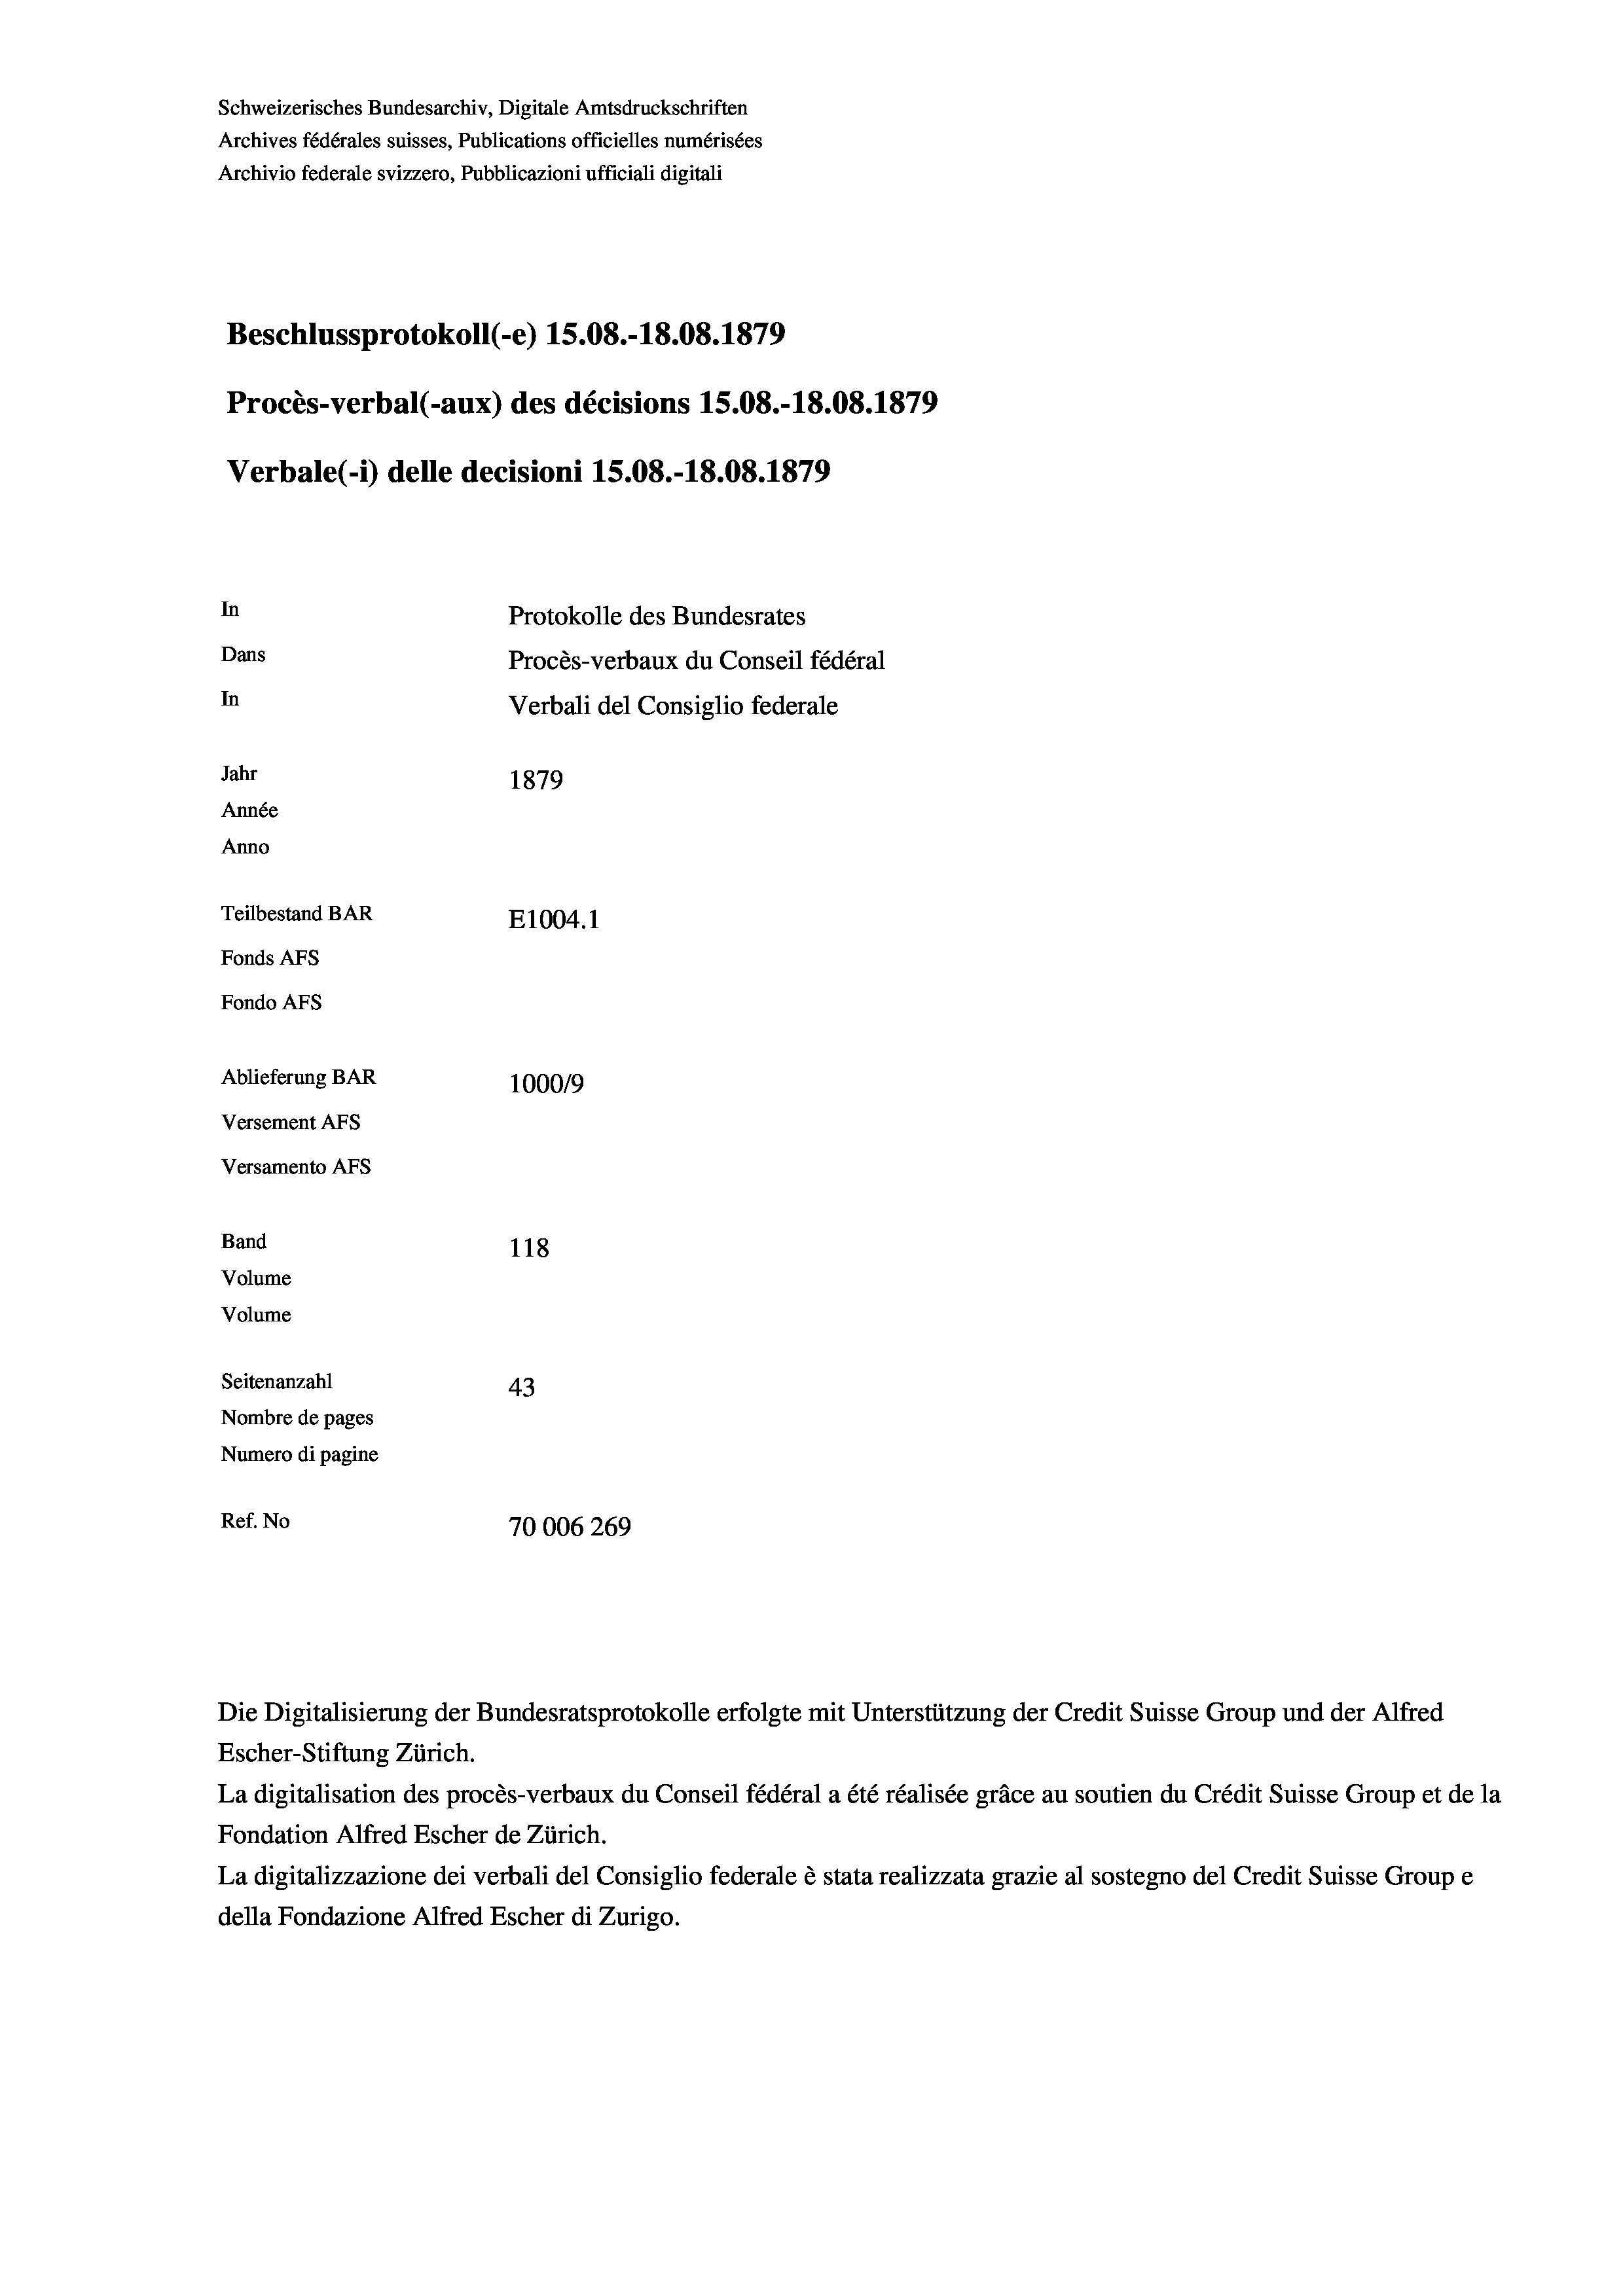
Schweizerisches Bundesarchiv, Digitale Amtsdruckschriften
Archives fédérales suisses, Publications officielles numérisées
Archivio federale svizzero, Pubblicazioni ufficiali digitali
Beschlussprotokoll (-e) 15.08.-18.08. 1879
Procès-verbal (-aux) des décisions 15.08.-18.08. 1879
Verbale (- 1) delle decisioni 15.08.-18.08. 1879
In
Protokolle des Bundesrates
Dans
Procès-verbaux du Conseil fédéral
In
Verbali del Consiglio federale
Jahr
1879
Année
Anno
Teilbestand BAR
E1004. 1
Fonds AFs
Fondo Afs
Ablieferung BAR
1000/9
Versement AFs
Versamento Afs
Band
118
Volume
Volume
Seitenanzahl
43
Nombre de pages
Numero di pagine
Ref. No
70006 269

Escher-Stiftung Zürich.
La digitalisation des procès-verbaux du Conseil fédéral a été réalisée gräce au soutien du Crédit Suisse Group et de la
Fondation Alfred Escher de Zürich.
La digitalizzazione dei verbali del Consiglio federale è stata realizzata grazie al sostegno del Credit Suisse Groupe
della Fondazione Alfred Escher di Zurigo.

Die Digitalisierung der Bundesratsprotokolle erfolgte mit Unterstützung der Credit Suisse Group und der Alfred